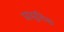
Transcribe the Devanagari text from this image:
प्रासूतिक